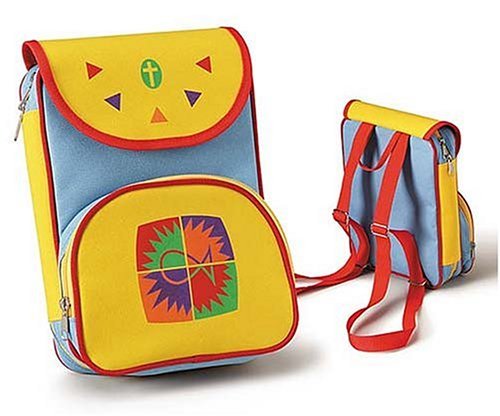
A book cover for Energy: Bible Cover, Large; Thomas Nelson; Christian Books & Bibles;